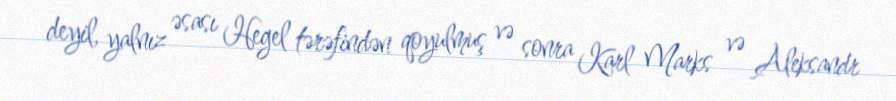
deyil, yalnız əsası Hegel tərəfindən qoyulmuş və sonra Karl Marks və Aleksandr